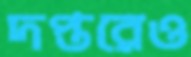
দপ্তরেও